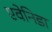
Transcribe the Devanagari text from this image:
एवेनिडा